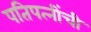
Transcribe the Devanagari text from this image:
पतिपत्‍नींची